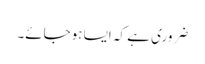
ضروری ہے کہ ایسا ہوجائے۔